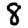
Digit: 8